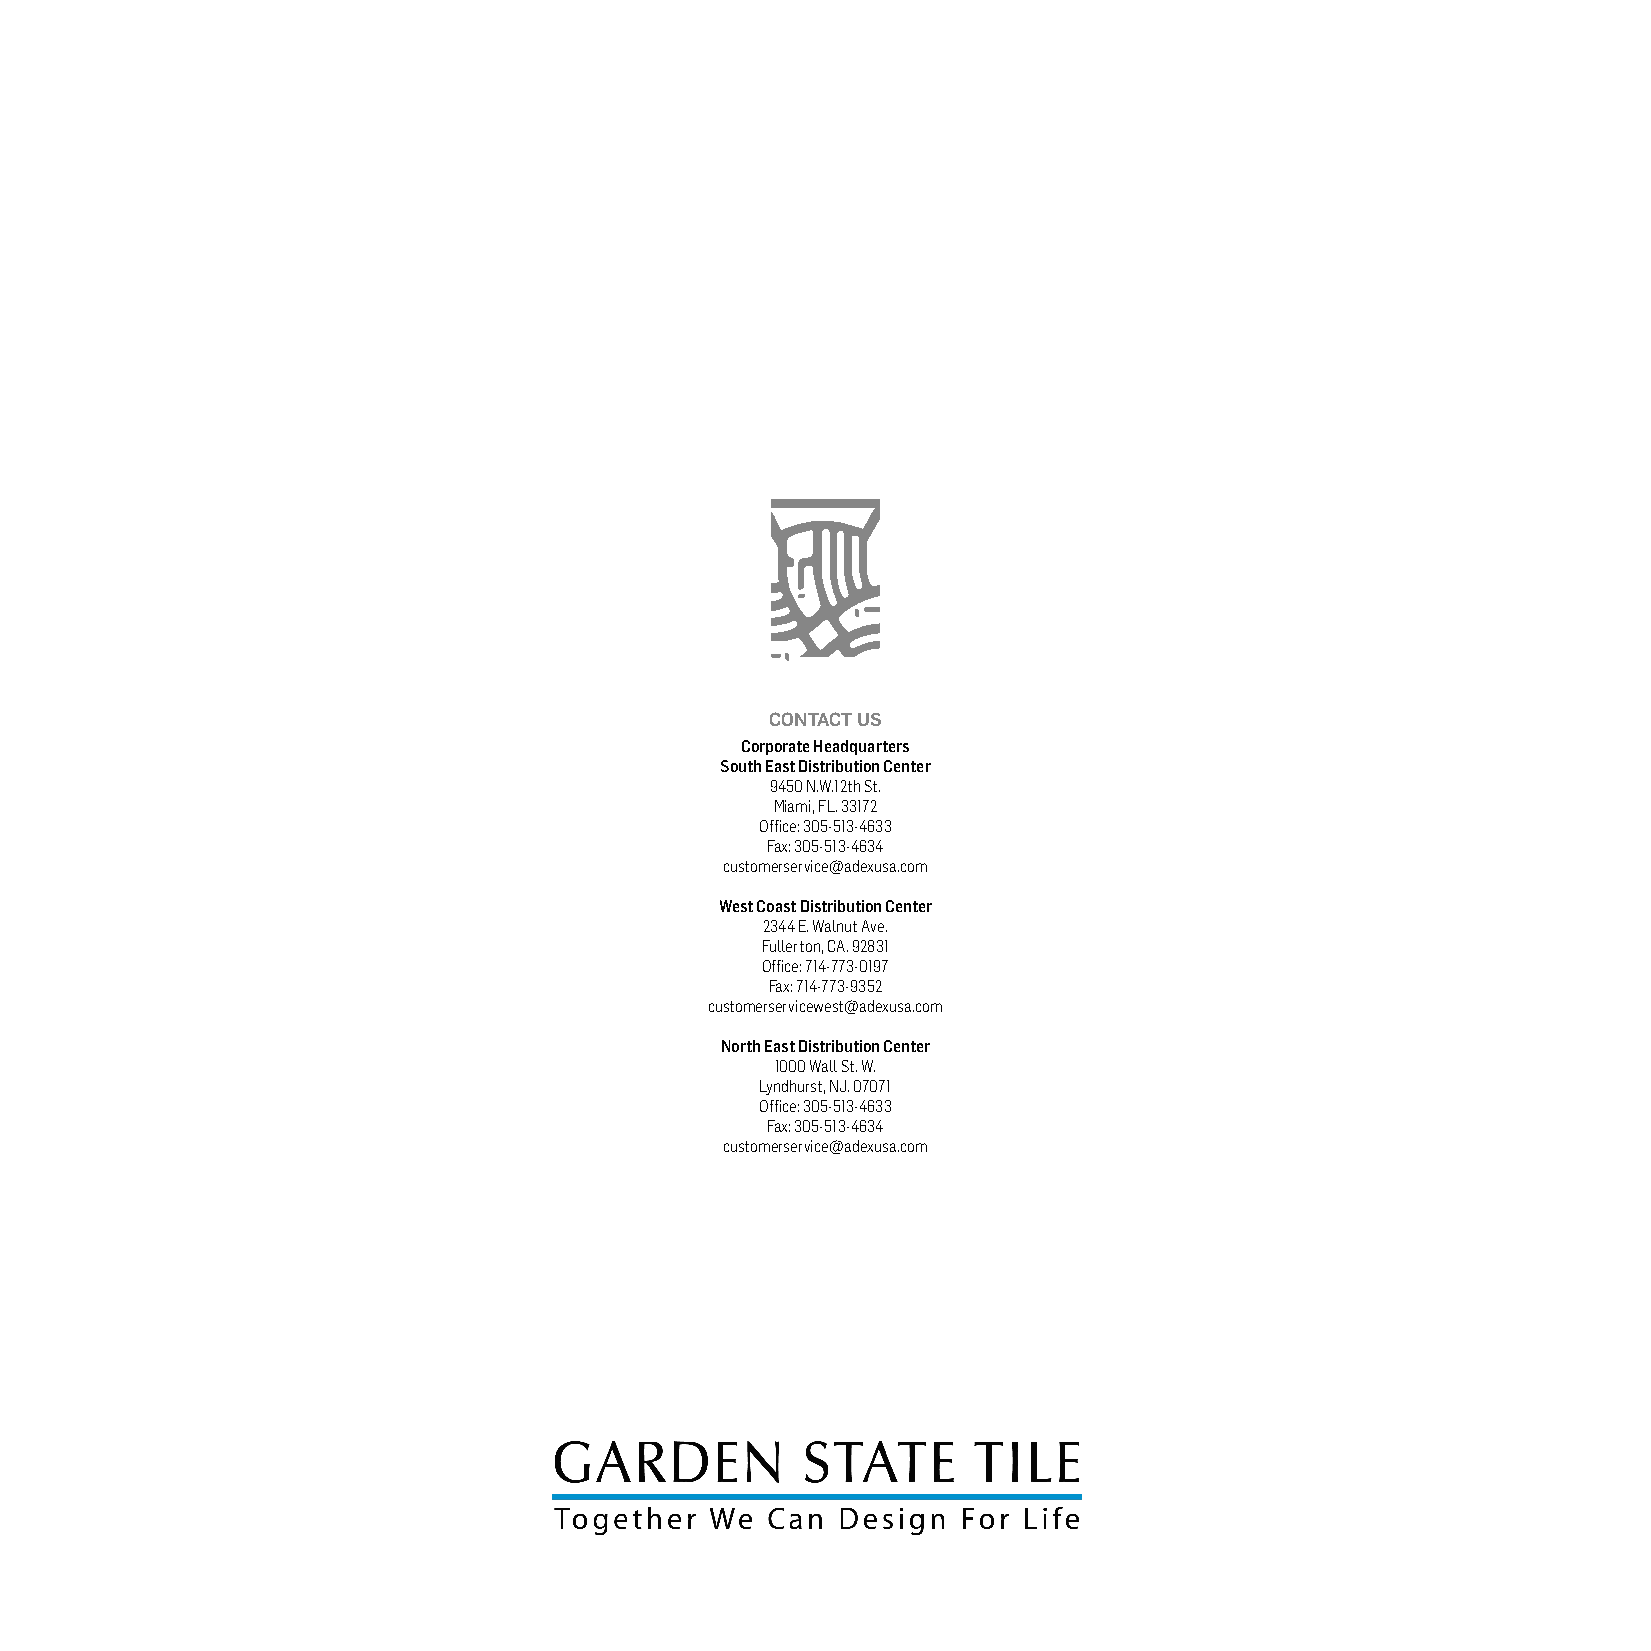
CONTACT US
 Corporate Headquarters
 South East Distribution Center
 9450 N.W.12th St.
 Miami, FL. 33172
 Office: 305-513-4633
 Fax: 305-513-4634
 customerservice@adexusa.com
 West Coast Distribution Center
 2344 E. Walnut Ave.
 Fullerton, CA. 92831
 Office: 714-773-0197
 Fax: 714-773-9352
 customerservicewest@adexusa.com
 North East Distribution Center
 1000 Wall St. W.
 Lyndhurst, NJ. 07071
 Office: 305-513-4633
 Fax: 305-513-4634
 customerservice@adexusa.com